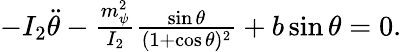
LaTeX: \begin{array}{r}{-I_{2}\ddot{\theta}-\frac{m_{\psi}^{2}}{I_{2}}\frac{\sin\theta}{(1+\cos\theta)^{2}}+b\sin\theta=0.}\end{array}